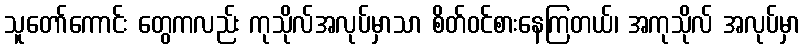
သူတော်ကောင်း တွေကလည်း ကုသိုလ်အလုပ်မှာသာ စိတ်ဝင်စားနေကြတယ်၊ အကုသိုလ် အလုပ်မှာ